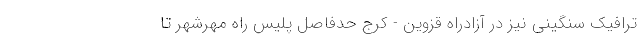
ترافیک سنگینی نیز در آزادراه قزوین - کرج حدفاصل پلیس راه مهرشهر تا